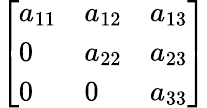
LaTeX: \left[\begin{array}{lll}{a_{11}}&{a_{12}}&{a_{13}}\\ {0}&{a_{22}}&{a_{23}}\\ {0}&{0}&{a_{33}}\end{array}\right]